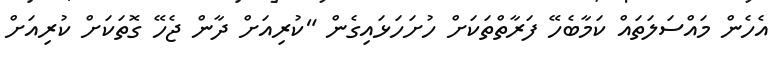
އެހެން މައްސަލަތައް ކަމާބެހޭ ފަރާތްތަކަށް ހުށަހަޅައިގެން "ކުރިއަށް ދާން ޖެހޭ ގޮތަކަށް ކުރިއަށް